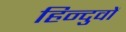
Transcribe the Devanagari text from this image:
हिन्दुवों